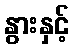
နွားနှင့်